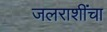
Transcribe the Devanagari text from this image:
जलराशींचा